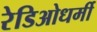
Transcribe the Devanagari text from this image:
रेडिओधर्मी